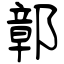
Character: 鄣